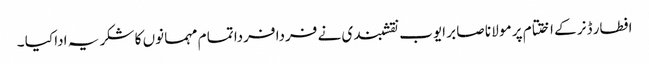
افطار ڈنر کے اختتام پر مو لا نا صا بر ایوب نقشبندی نے فردا فردا تما م مہما نوں کا شکر یہ ادا کیا ۔